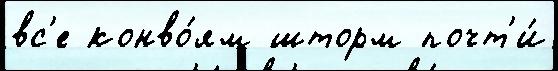
вс'е конво́ям шторм почт'и́